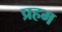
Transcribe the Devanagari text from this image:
प्रहम